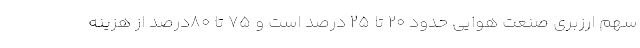
سهم ارزبری صنعت هوایی حدود ۲۰ تا ۲۵ درصد است و ۷۵ تا ۸۰درصد از هزینه